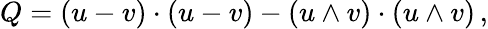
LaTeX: Q=(u-v)\cdot(u-v)-(u\wedge v)\cdot(u\wedge v)\, ,